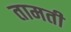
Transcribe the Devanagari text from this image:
तामती